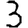
Digit: 3